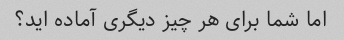
اما شما برای هر چیز دیگری آماده اید؟